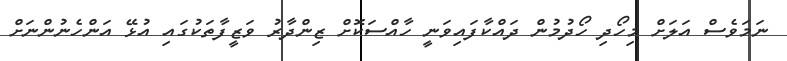
ނަމަވެސް އަލަށް މިހޯދި ހޯދުމުން ދައްކާފައިވަނީ ހާއްސަކޮށް ޒިންދާރު ވަޒީފާތަކުގައި އުޅޭ އަންހެނުންނަށް